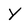
Character: Y